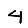
Digit: 4